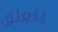
يتعلق